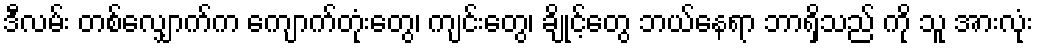
ဒီလမ်း တစ်လျှောက်က ကျောက်တုံးတွေ၊ ကျင်းတွေ၊ ချိုင့်တွေ ဘယ်နေရာ ဘာရှိသည် ကို သူ အားလုံး